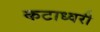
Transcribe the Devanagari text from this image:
कटाध्वरी